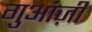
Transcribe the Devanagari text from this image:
गुआंज़ी